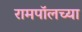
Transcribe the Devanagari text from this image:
रामपॉलच्या